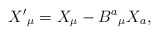
\begin{align*}X^{\prime }{}_{\mu } = X_{\mu }-B^{a}{}_{\mu }X_{a}, \end{align*}